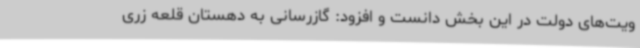
ویت‌های دولت در این بخش دانست و افزود: گازرسانی به دهستان قلعه زری